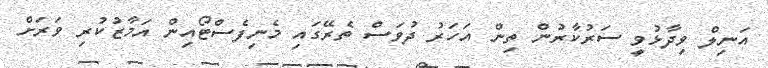
އަނިލް ވިދާޅުވީ ސަރުކާރުން ތިން އަހަރު ދުވަސް ތެރޭގައި މެނިފެސްޓޯއިން އަމާޒުކުރި ވަރަށް